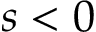
s < 0